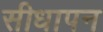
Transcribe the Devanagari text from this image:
सीधापन